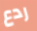
ردع